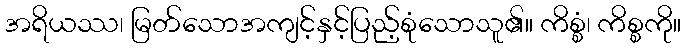
အရိယဿ၊ မြတ်သောအကျင့်နှင့်ပြည့်စုံသောသူ၏။ ကိစ္စံ၊ ကိစ္စကို။